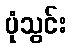
ပုံသွင်း